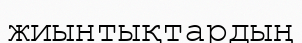
жиынтықтардың